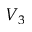
V _ { 3 }